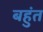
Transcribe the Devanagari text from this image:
बहुंत